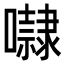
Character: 㘑